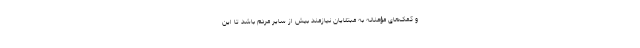
و کمک‌های مؤمنانه به مبتلایان نیازمند بیش از سایر مردم باشد تا این